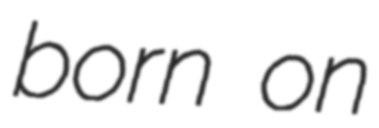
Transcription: born on